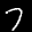
Label: 7